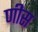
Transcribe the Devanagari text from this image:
णीस